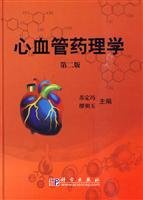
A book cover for Cardiovascular Pharmacology (2nd Edition); SU DING FENG ZHU BIAN; Medical Books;